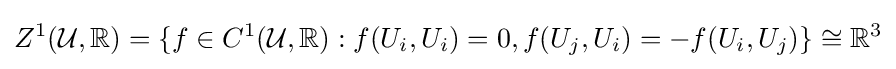
Z^{1}({\mathcal {U}},\mathbb {R} )=\{f\in C^{1}({\mathcal {U}},\mathbb {R} ):f(U_{i},U_{i})=0,f(U_{j},U_{i})=-f(U_{i},U_{j})\}\cong \mathbb {R} ^{3}